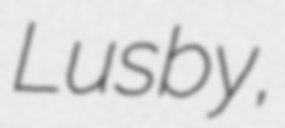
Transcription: Lusby,